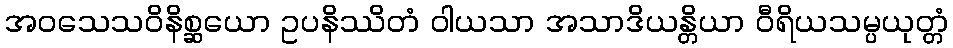
အဝသေသဝိနိစ္ဆယော ဥပနိဿိတံ ဝါယသာ အသာဒိယန္တိယာ ဝီရိယသမ္ပယုတ္တံ